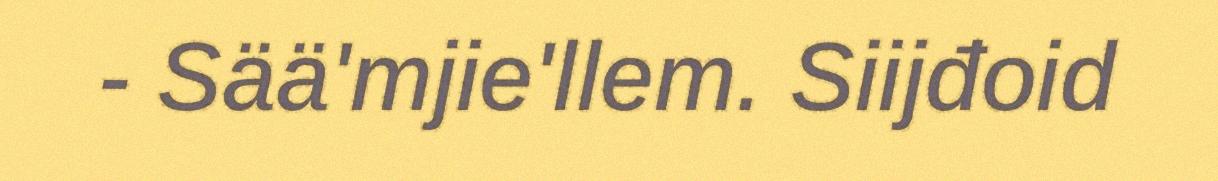
- Sää'mjie'llem. Siijđoid